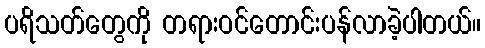
ပရိသတ်တွေကို တရားဝင်တောင်းပန်လာခဲ့ပါတယ်။